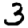
Digit: 3